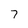
Character: 7